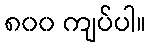
၈၀၀ ကျပ်ပါ။